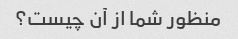
منظور شما از آن چیست؟